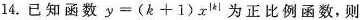
14.已知函数$$y=(k+1)x^{|k|}$$为正比例函数，则